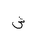
Letter: _shin